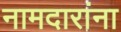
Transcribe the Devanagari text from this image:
नामदारांना